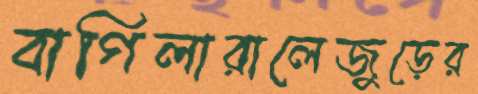
বাগিলারালেজুড়ের